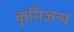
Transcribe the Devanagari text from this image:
कृमिजन्य